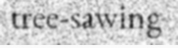
tree-sawing